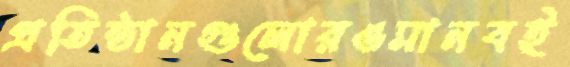
প্রতিষ্ঠানগুলোরওমানবই